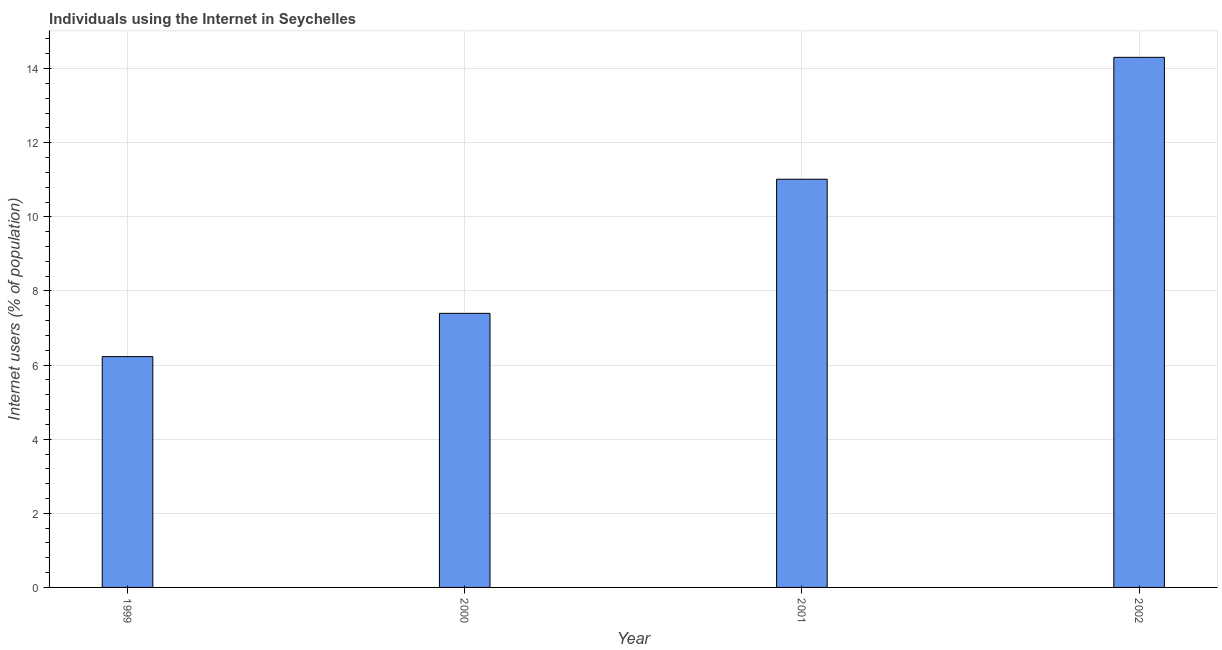
| Year | Internet users |
 | --- | --- |
 | 1999 | 6.23 |
 | 2000 | 7.4 |
 | 2001 | 11 |
 | 2002 | 14.3 |